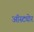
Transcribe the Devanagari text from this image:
ऑस्ट्योर